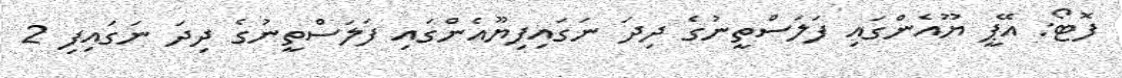
ފޮޓޯ: އޭޕީ ޔޫއެންގައި ފަލަސްތީނުގެ ދިދަ ނަގައިފިޔޫއެންގައި ފަލަސްތީނުގެ ދިދަ ނަގައިފި 2